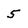
Character: 5